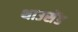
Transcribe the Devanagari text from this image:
थाउसेंड